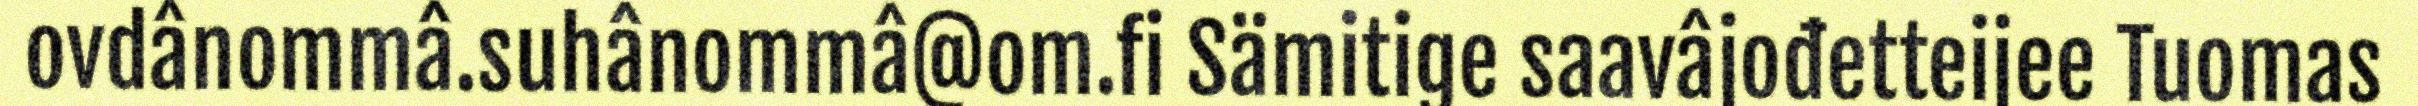
ovdânommâ.suhânommâ@om.fi Sämitige saavâjođetteijee Tuomas